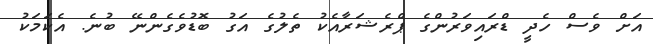
އަށް ވެެސް ހެދީ ޑްރައިވަރުންގެ ޕްރެޝަރާއެކު ތެލުގެ އަގު ބޮޑުވެގެންނޭ ބުނެ. އެކަމަކު